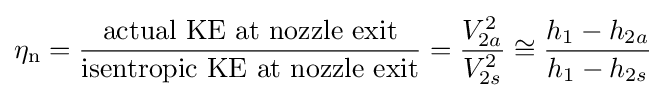
\eta _{\text{n}}={\frac {\text{actual KE at nozzle exit}}{\text{isentropic KE at nozzle exit}}}={\frac {V_{2a}^{2}}{V_{2s}^{2}}}\cong {\frac {h_{1}-h_{2a}}{h_{1}-h_{2s}}}